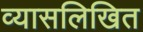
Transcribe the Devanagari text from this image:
व्यासलिखित